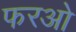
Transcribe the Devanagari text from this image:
फरओ